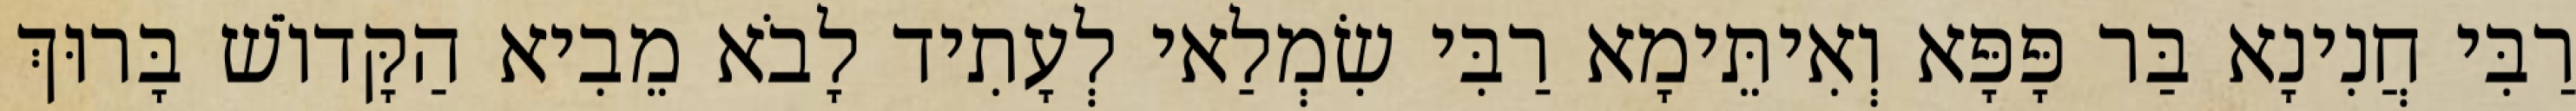
רַבִּי חֲנִינָא בַּר פָּפָּא וְאִיתֵּימָא רַבִּי שִׂמְלַאי לְעָתִיד לָבֹא מֵבִיא הַקָּדוֹשׁ בָּרוּךְ